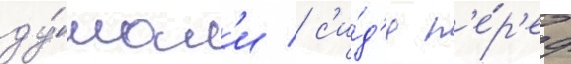
ду́мал'и / с'и́д'я п'е́р'ед